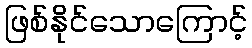
ဖြစ်နိုင်သောကြောင့်